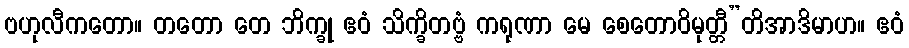
ဗဟုလီကတော။ တတော တေ ဘိက္ခု ဧဝံ သိက္ခိတဗ္ဗံ ကရုဏာ မေ စေတောဝိမုတ္တီ”တိအာဒိမာဟ။ ဧဝံ